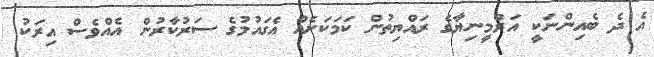
އެ ދެ ބެއިންނަކީ އަރްމީނިޔާގެ ރައްޔިތުން ކަމަކަށެއް އެގައުމުގެ ސަރުކާރުން އެއްވެސް އިރަކު